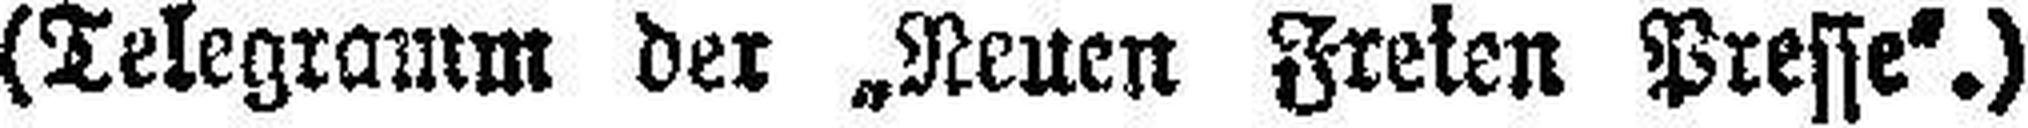
(Telegramm der „Neuen Freien Press“.)